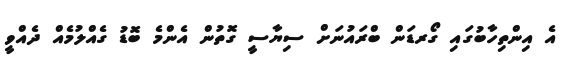
އެ އިންތިހާބުގައި ގޯރޑަން ބްރައުނަށް ސިޔާސީ ގޮތުން އެންމެ ބޮޑު ގެއްލުމެއް ދެއްވީ